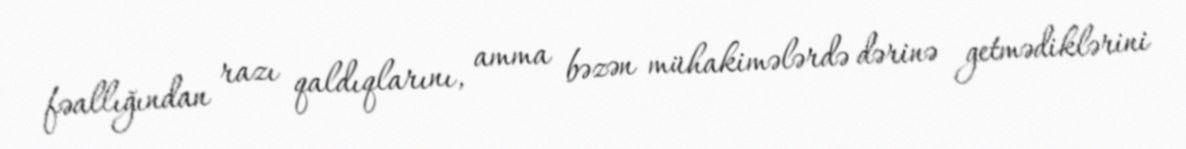
fəallığından razı qaldıqlarını, amma bəzən mühakimələrdə dərinə getmədiklərini